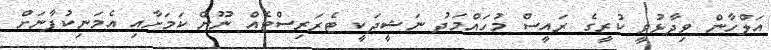
އަލްހާން ވިދާޅުވީ ކުރީގެ ރައީސް މުހައްމަދު ނަޝީދަކީ ޓެރަރިސްޓެއް ނޫން ކަމަށާއި އެމަނިކުފާނަށް